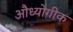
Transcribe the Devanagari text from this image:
औध्योगीक